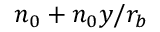
n _ { 0 } + n _ { 0 } y / r _ { b }